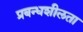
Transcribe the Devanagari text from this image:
प्रबन्धशीलता